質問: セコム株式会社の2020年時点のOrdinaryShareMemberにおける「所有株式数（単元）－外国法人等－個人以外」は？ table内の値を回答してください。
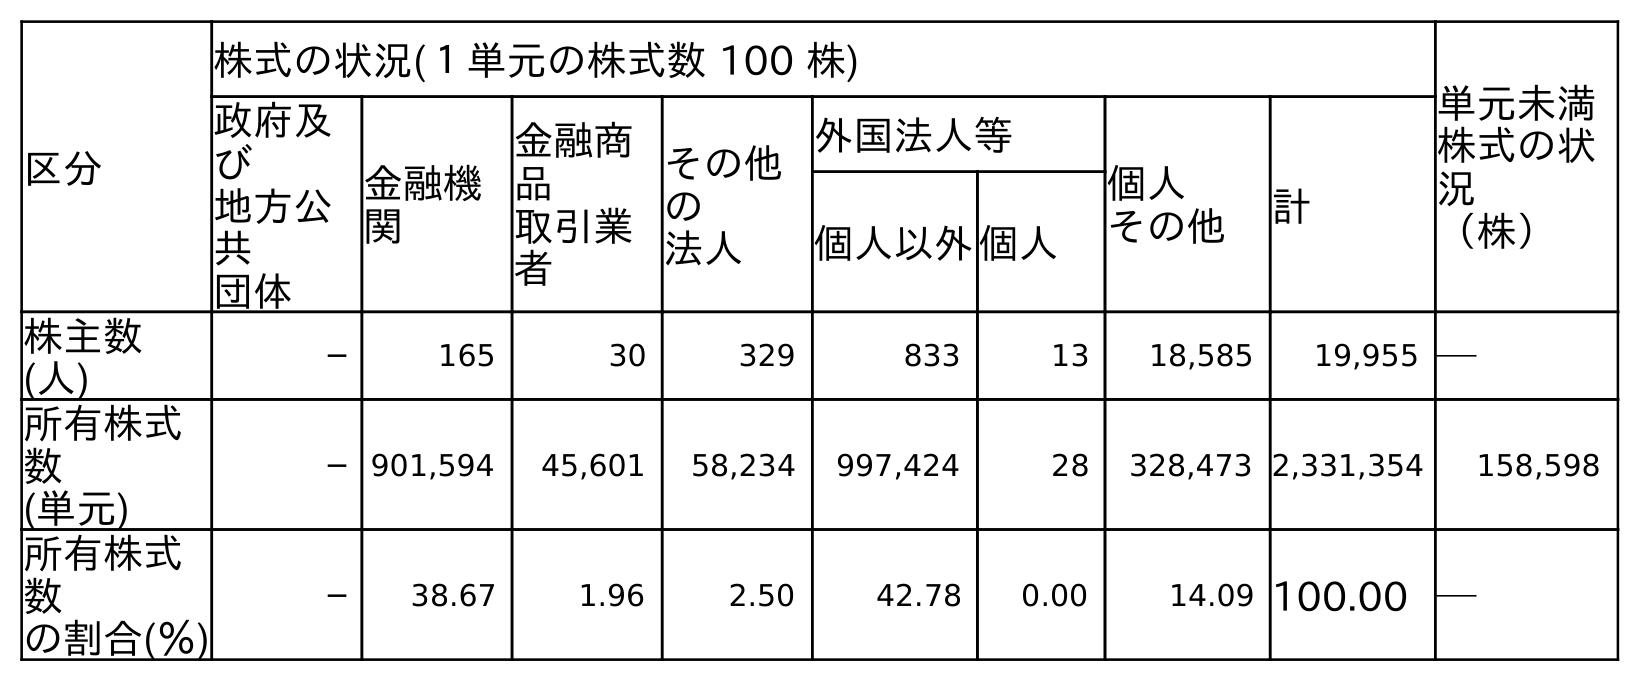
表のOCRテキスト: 区分 株式の状況(１単元の株式数 100 株) 単元未満 株式の状 況 （株） 政府及 び 地方公 共 団体 金融機 関 金融商 品 取引業 者 その他 の 法人 外国法人等 個人 その他 計 個人以外個人 株主数 (人) ─ 165 30 329 833 13 18,585 19,955 ─ 所有株式 数 (単元) ─ 901,594 45,601 58,234 997,424 28 328,473 2,331,354 158,598 所有株式 数 の割合(％) ─ 38.67 1.96 2.50 42.78 0.00 14.09 100.00 ─
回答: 997,424